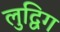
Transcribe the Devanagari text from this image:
लुद्विग